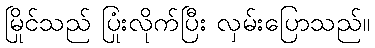
မြိုင်သည် ပြုံးလိုက်ပြီး လှမ်းပြောသည်။